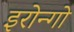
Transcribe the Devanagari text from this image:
इरोन्गो